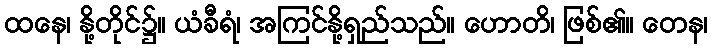
ထနေ၊ နို့တိုင်၌။ ယံခီရံ၊ အကြင်နို့ရှည်သည်။ ဟောတိ၊ ဖြစ်၏။ တေန၊